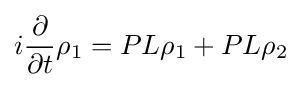
i{\frac {\partial }{\partial t}}\rho _{1}=PL\rho _{1}+PL\rho _{2}